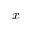
x